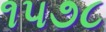
૧૫૭૮